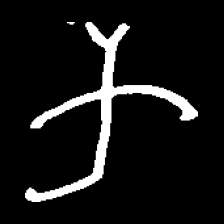
Pyu character \u2014 Myanmar letter: က (romanized: ka)